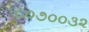
૮૦૭૦૦૩૨